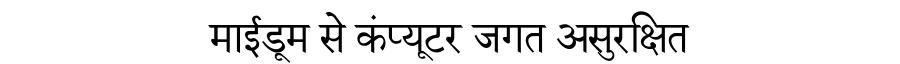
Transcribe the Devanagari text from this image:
माईडूम से कंप्यूटर जगत असुरक्षित